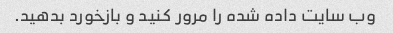
وب سایت داده شده را مرور کنید و بازخورد بدهید.